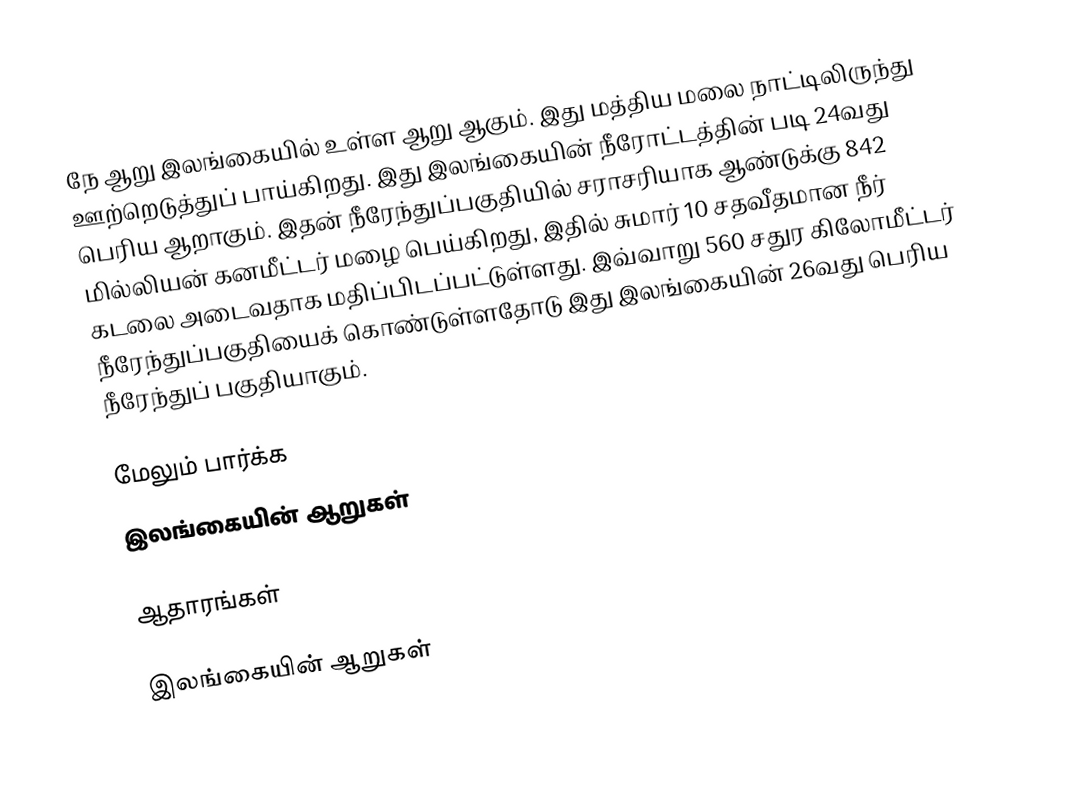
நே ஆறு இலங்கையில் உள்ள ஆறு ஆகும். இது மத்திய மலை நாட்டிலிருந்து ஊற்றெடுத்துப் பாய்கிறது. இது இலங்கையின் நீரோட்டத்தின் படி  24வது பெரிய  ஆறாகும். இதன் நீரேந்துப்பகுதியில் சராசரியாக ஆண்டுக்கு 842 மில்லியன் கனமீட்டர் மழை பெய்கிறது, இதில் சுமார் 10 சதவீதமான நீர் கடலை அடைவதாக மதிப்பிடப்பட்டுள்ளது. இவ்வாறு 560 சதுர கிலோமீட்டர் நீரேந்துப்பகுதியைக் கொண்டுள்ளதோடு இது இலங்கையின் 26வது பெரிய நீரேந்துப் பகுதியாகும்.

மேலும் பார்க்க
 இலங்கையின் ஆறுகள்

ஆதாரங்கள்

இலங்கையின் ஆறுகள்